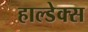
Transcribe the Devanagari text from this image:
हाल्डेक्स